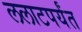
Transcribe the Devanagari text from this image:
ललाटपर्यंत